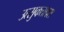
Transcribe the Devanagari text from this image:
उत्‍सुकतावशं